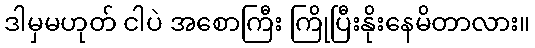
ဒါမှမဟုတ် ငါပဲ အစောကြီး ကြိုပြီးနိုးနေမိတာလား။